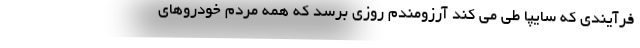
فرآیندی که سایپا طی می کند آرزومندم روزی برسد که همه مردم خودروهای